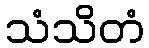
သံသိတံ